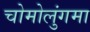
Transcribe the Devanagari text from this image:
चोमोलुंगमा